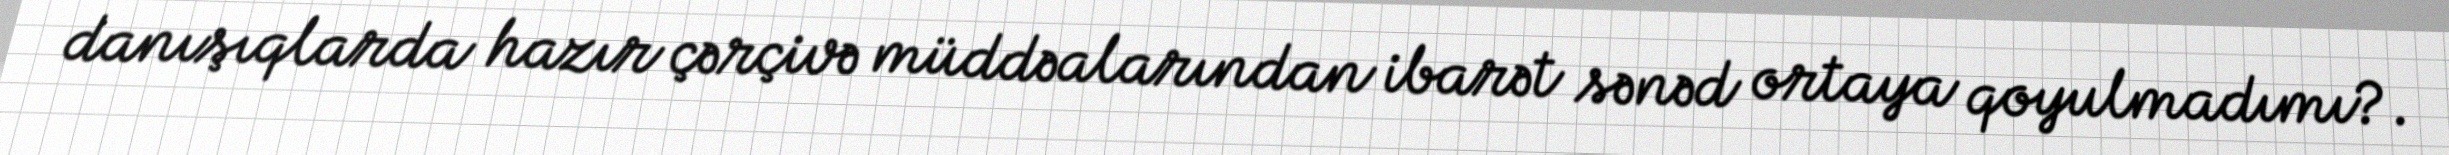
danışıqlarda hazır çərçivə müddəalarından ibarət sənəd ortaya qoyulmadımı?.